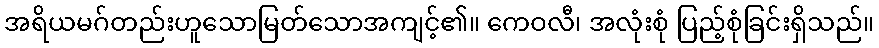
အရိယမဂ်တည်းဟူသောမြတ်သောအကျင့်၏။ ကေဝလီ၊ အလုံးစုံ ပြည့်စုံခြင်းရှိသည်။